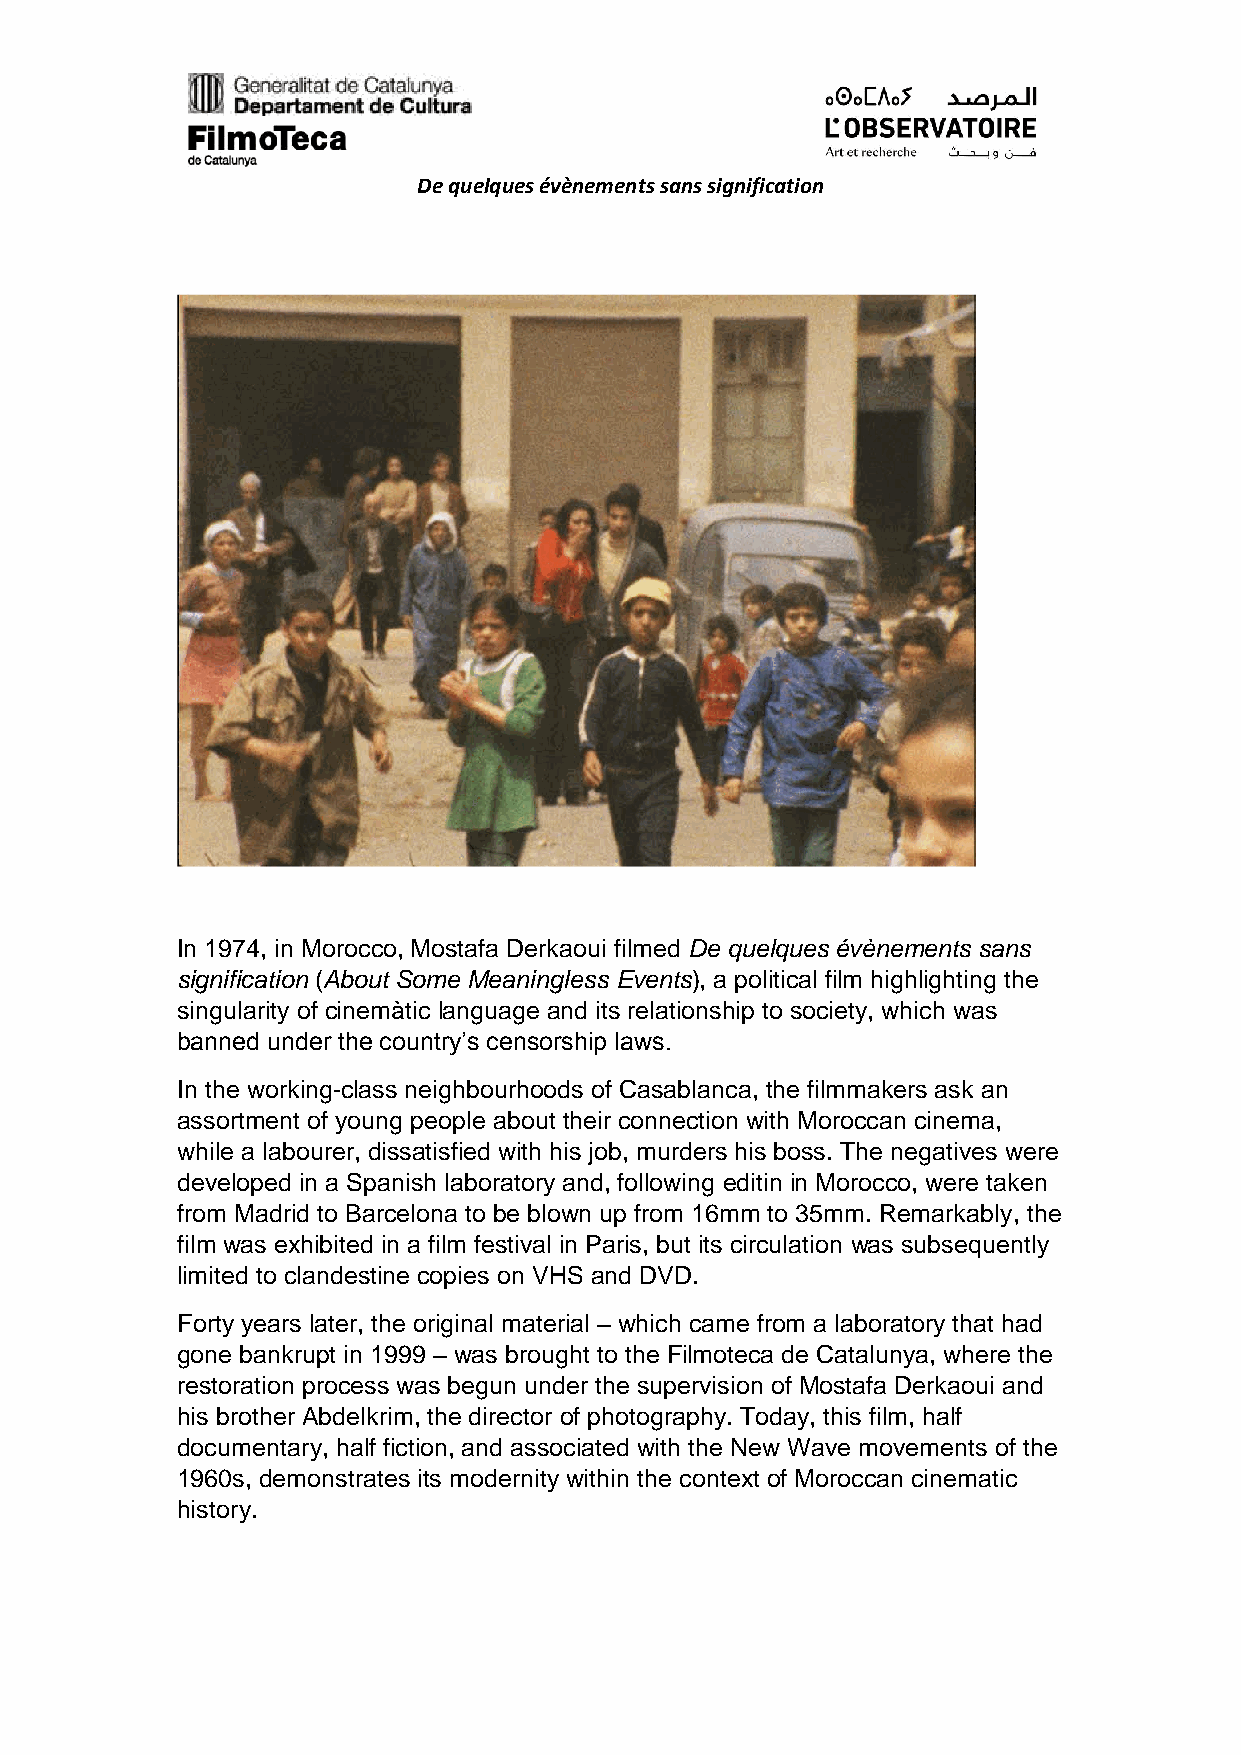
De quelques évènements sans signification
 In 1974, in Morocco, Mostafa Derkaoui filmed De quelques évènements sans
 signification (About Some Meaningless Events), a political film highlighting the
 singularity of cinemàtic language and its relationship to society, which was
 banned under the country’s censorship laws.
 In the working-class neighbourhoods of Casablanca, the filmmakers ask an
 assortment of young people about their connection with Moroccan cinema,
 while a labourer, dissatisfied with his job, murders his boss. The negatives were
 developed in a Spanish laboratory and, following editin in Morocco, were taken
 from Madrid to Barcelona to be blown up from 16mm to 35mm. Remarkably, the
 film was exhibited in a film festival in Paris, but its circulation was subsequently
 limited to clandestine copies on VHS and DVD.
 Forty years later, the original material – which came from a laboratory that had
 gone bankrupt in 1999 – was brought to the Filmoteca de Catalunya, where the
 restoration process was begun under the supervision of Mostafa Derkaoui and
 his brother Abdelkrim, the director of photography. Today, this film, half
 documentary, half fiction, and associated with the New Wave movements of the
 1960s, demonstrates its modernity within the context of Moroccan cinematic
 history.